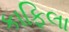
કાફિલા